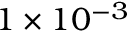
1 \times 1 0 ^ { - 3 }